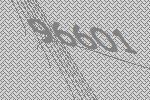
96601